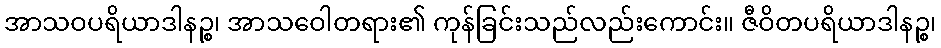
အာသဝပရိယာဒါနဉ္စ၊ အာသဝေါတရား၏ ကုန်ခြင်းသည်လည်းကောင်း။ ဇီဝိတပရိယာဒါနဉ္စ၊